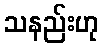
သနည်းဟု